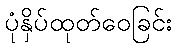
ပုံနှိပ်ထုတ်ဝေခြင်း